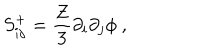
S _ { i j } ^ { + } = \frac { Z } { 3 } \partial _ { i } \partial _ { j } \phi \ ,